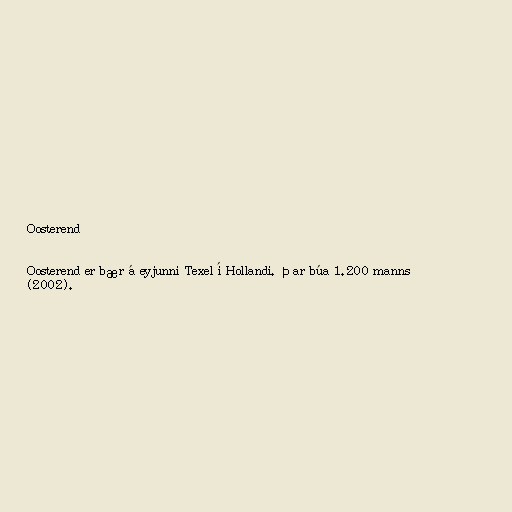
Oosterend

Oosterend er bær á eyjunni Texel í Hollandi. Þar búa 1.200 manns
(2002).